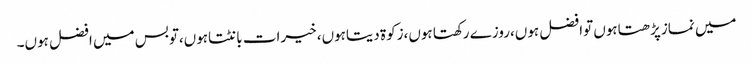
میں نمازپڑھتاہوں توافضل ہوں،روزے رکھتا ہوں،زکوۃ دیتاہوں، خیرات بانٹتاہوں،توبس میں افضل ہوں۔